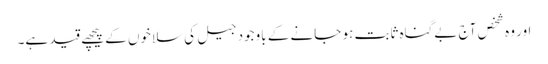
اور وہ شخص آج بےگناہ ثابت ہو جانے کے باوجود جیل کی سلاخوں کے پیچھے قید ہے۔